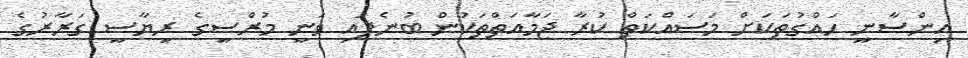
އިންސާނީ ހައްގުތަކަށް މަސައްކަތް ކުރާ ޖަމާއަތްތަކުން ބުނެފައި ވަނީ މުރްސީގެ ރިޔާސީ ގަރާރުގެ